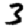
Digit: 3